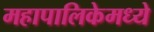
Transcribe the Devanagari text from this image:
महापालिकेमध्ये